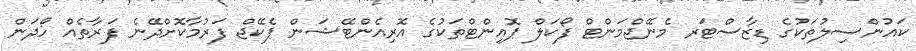
ކައުންސިލުތަކުގެ ޑިޒާސްޓަރ މެނޭޖްމަންޓް ފޯކަލް ޕޮއިންޓްތަކުގެ އޮރިއެންޓޭޝަން ޕެކޭޖް ފަރުމާކޮށްދޭނެ ފަރާތެއް ހޯދަން